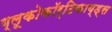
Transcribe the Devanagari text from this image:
ग्लूकोकॉर्टिकाय्ड्स